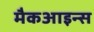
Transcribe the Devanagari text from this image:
मैकआइन्स